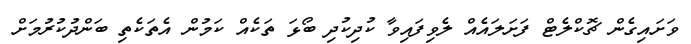
ވަށައިގެން ޗޮކްލެޓް ފަށަލައެއް ލެވިފައިވާ ކުދިކުދި ބޯޅަ ތަކެއް ކަމުން އެތަކެތި ބަންދުކުރުމަށް